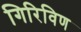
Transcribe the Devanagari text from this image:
गिरिविण